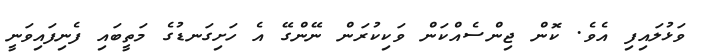
ވަޅުލައިފި އެވެ. ކޮން ޖިންސެއްކަން ވަކިކުރަން ނޭންގޭ އެ ހަށިގަނޑުގެ މަތީބައި ފެނިފައިވަނީ